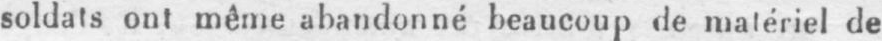
soldats ont même abandonné beaucoup de matériel de